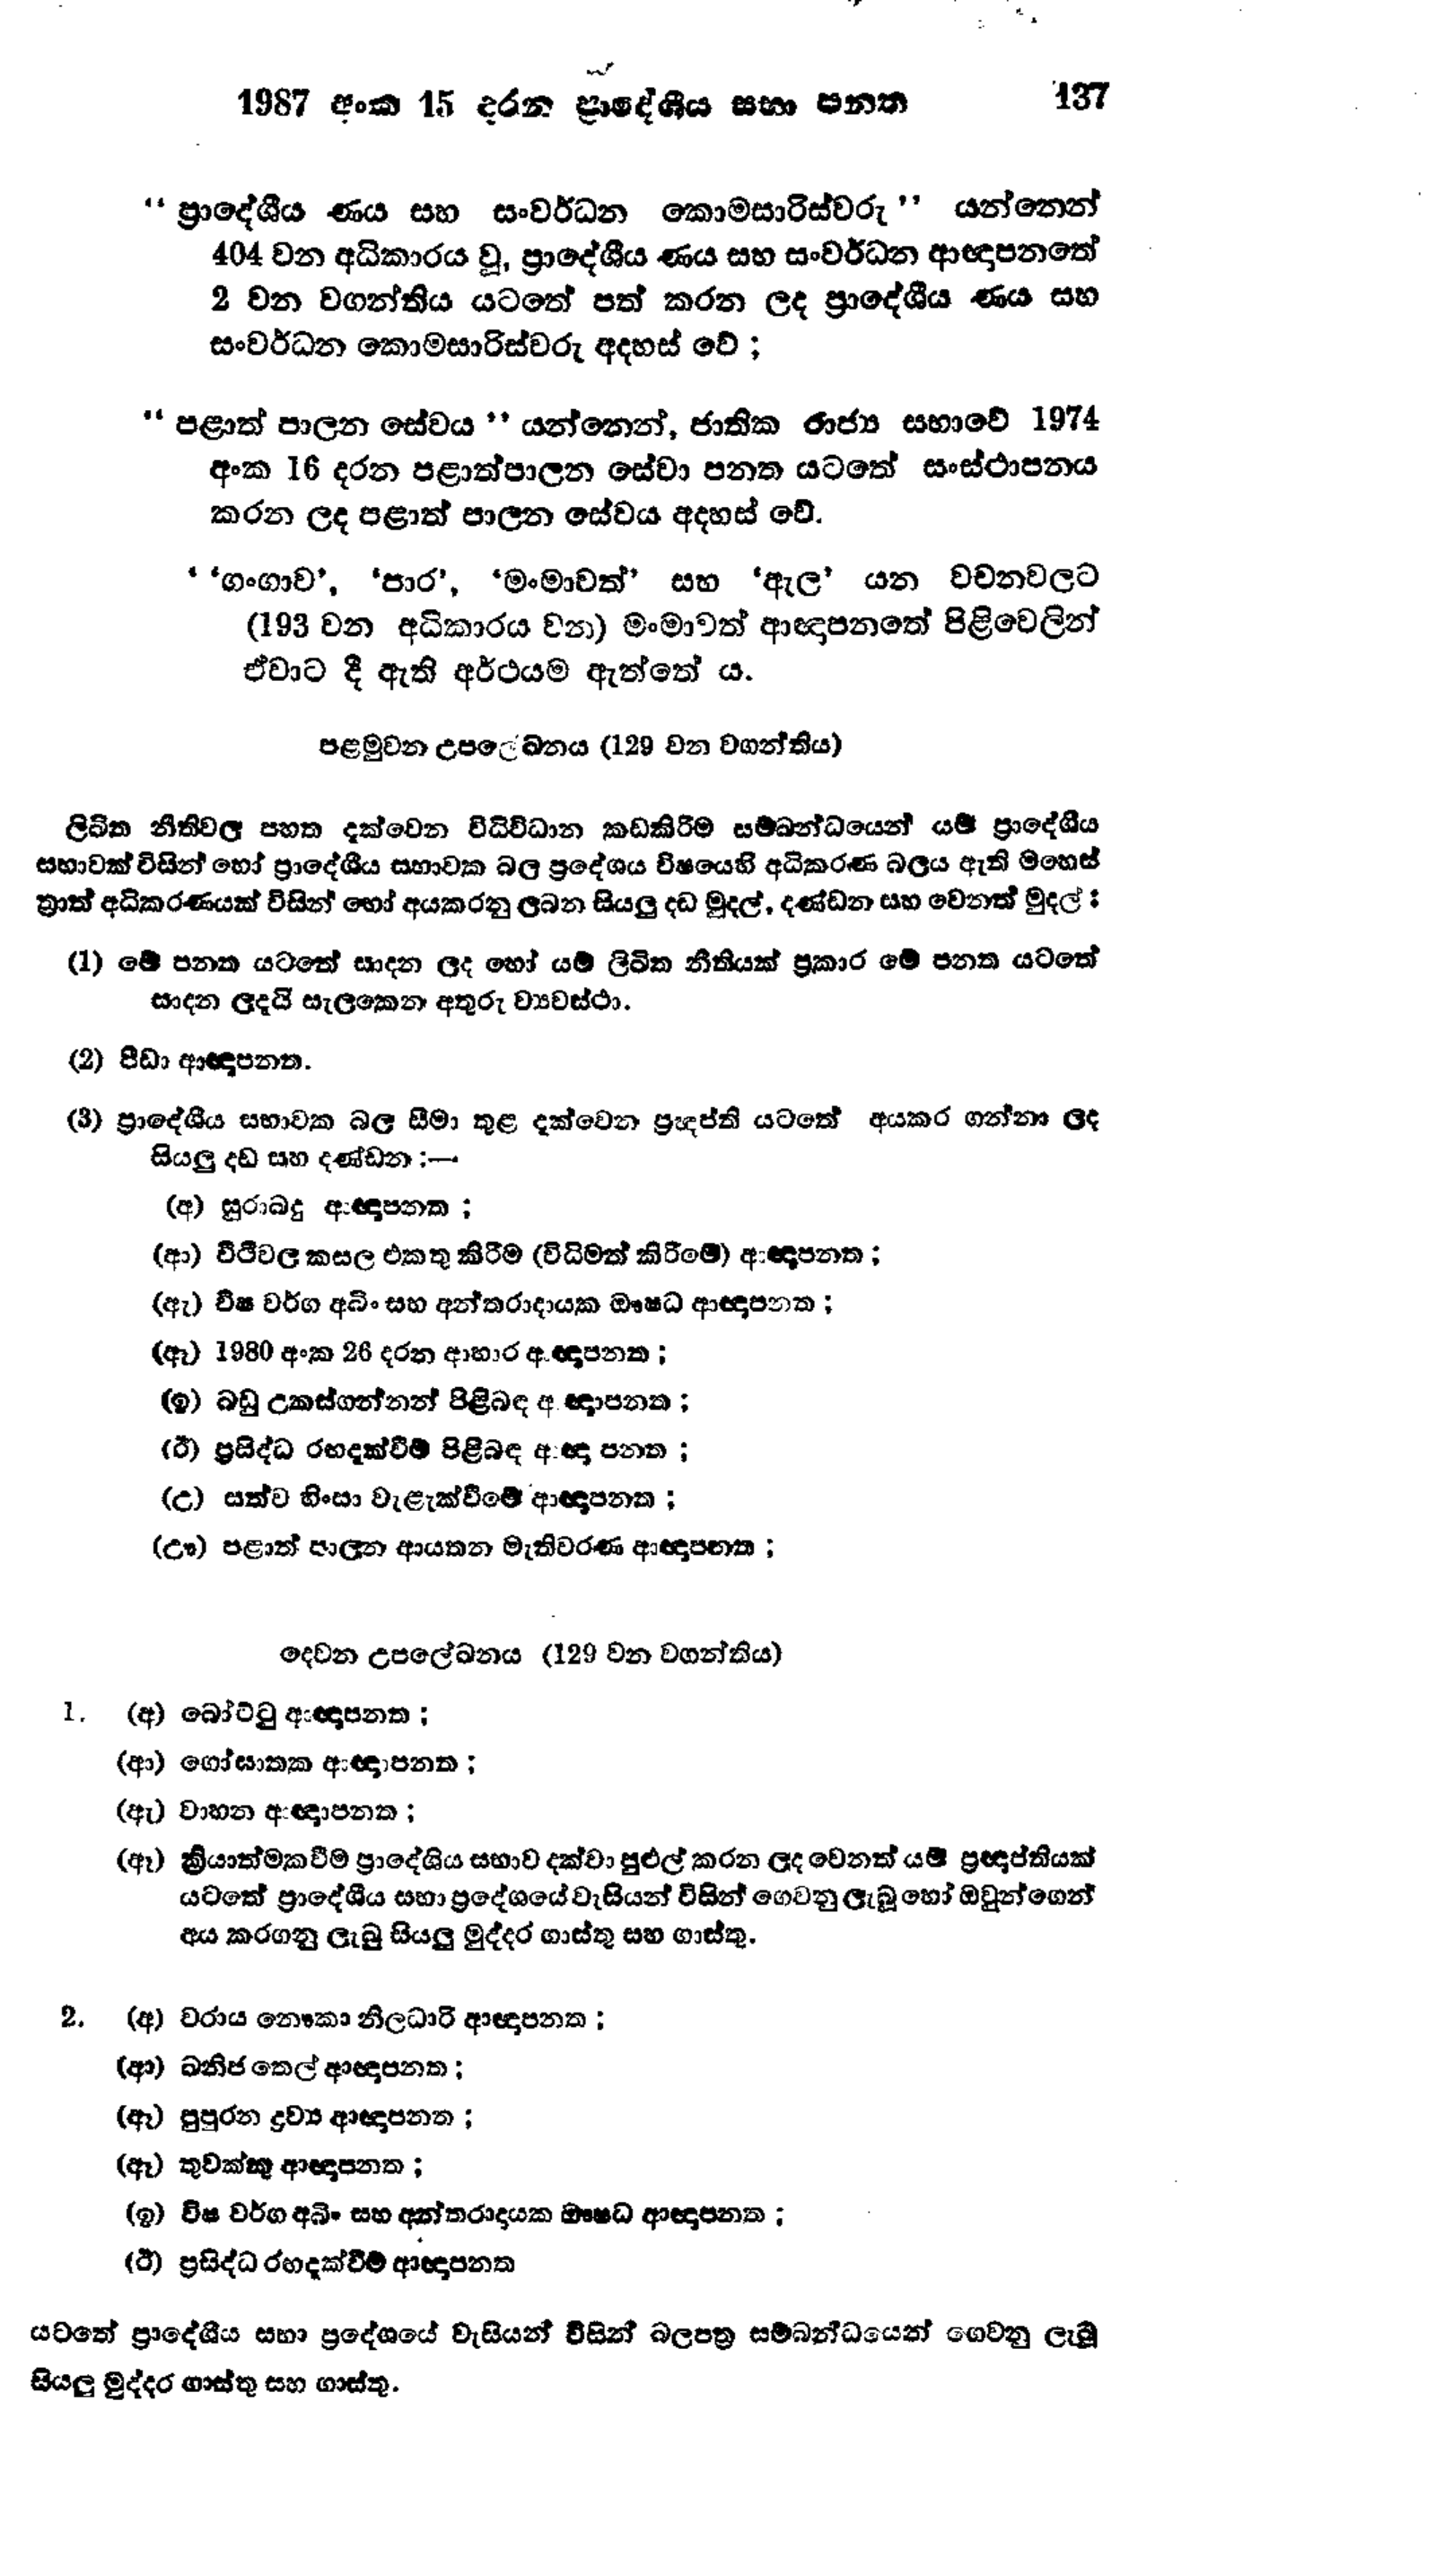
1987 අංක 15 දරන ප්‍රාදේශීය සභා පන්ත 137

"ප්‍රාදේශීය ණය සහ සංවර්ධන කොමසාරිස්වරු " යන්නෙන්
404 වන අධිකාරය වූ, ප්‍රාදේශීය ණය සහ සංවර්ධන ආඥාපනතේ
2 වන වගන්තිය යටතේ පත් කරන ලද ප්‍රාදේශීය ණය සහ
සංවර්ධන කොමසාරිස්වරු අදහස් වේ ;

"පළාත් පාලන සේවය" යන්නෙන්, ජාතික රාජ්‍ය සභාවේ 1974
අංක 16 දරන පළාත්පාලන සේවා පනත යටතේ සංස්ථාපනය
කරන ලද පළාත් පාලන සේවය අදහස් වේ.

' 'ගංගාව ', 'පාර ', 'මංමාවත් ' සහ ‛ඇල ' යන වචනවලට
(193 වන අධිකාරය වන) මංමාවත් ආඥාපනතේ පිළිවෙලින්
ඒවාට දී ඇති අර්ථයම ඇත්තේ ය.

පළමුවන උපලේඛනය (129 වන වගන්තිය)

ලිඛිත නීතිවල පහත දැක්වෙන විධිවිධාන කඩකිරීම සම්බන්ධයෙන් යම් ප්‍රාදේශීය
සභාවක් විසින් හෝ ප්‍රාදේශීය සභාවක බල ප්‍රදේශය විෂයෙහි අධිකරණ බලය ඇති මහෙස්
ත්‍රාත් අධිකරණයක් විසින් හෝ අයකරනු ලබන සියලු දඩ මුදල්, දණ්ඩන සහ වෙනත් මුදල්:

(1) මේ පනත යටතේ සාදන ලද හෝ යම් ලිඛිත නීතියක් ප්‍රකාර මේ පනත යටතේ
සාදන ලදැයි සැලකෙන අතුරු ව්‍යවස්ථා.

(2) පීඩා ආඥාපනත.

(3) ප්‍රාදේශීය සභාවක බල සීමා තුළ දැක්වෙන ප්‍රඥප්ති යටතේ අයකර ගන්නා ලද
සියලු දඩ සහ දණ්ඩන :--

(අ) සුරාබදු ආඥාපනත;
(ආ) වීථිවල කසල එකතු කිරීම (විධිමත් කිරීමේ) ආඥපනත;
(ඇ) විෂ වර්ග අබිං සහ අන්තරාදායක ඖෂධ ආඥාපනත;
(ඈ) 1980 අංක 26 දරන ආහාර අඥාපනත:
(ඉ) බඩු උකස් ගන්නන් පිළිබඳ අඥාපනත;
(ඊ) ප්‍රසිද්ධ රඟ දැක්වීම් පිළිබඳ ආඥා පනත;
(උ) සත්ව හිංසා වැළැක්වීමේ ආඥා පනත;
(ඌ) පළාත් පාලන ආයතන මැතිවරණ ආඥාපත;

දෙවන උපලේඛනය (129 වන වගන්තිය)

1. (අ) බෝට්ටු අඥාපනත;
(ආ) ගෝඝාතක ආඥාපනත;
(ඇ) වාහන අඥාපනත;
(ඈ ) ක්‍රියාත්මක වීම ප්‍රාදේශිය සභාව දක්වා පුළුල් කරන ලද වෙනත් යම් ප්‍රඥාප්තියක්
යටතේ ප්‍රාදේශීය සභා ප්‍රදේශයේ වැසියන් විසින් ගෙවනු ලැබූ හෝ ඔවුන්ගෙන්
අය කරගනු ලැබු සියලු මුද්දර ගාස්තු සහ ගාස්තු.

2.(අ) වරාය නෞකා නිලධාරි ආඥාපනත:
(ආ) ඛනිජ තෙල් ආඥාපනත
(ඈ) පුපුරන ද්‍රව්‍ය ආඥාපනත;
(ඈ) තුවක්කු ආඥාපනත ;
(ඉ) විෂ වර්ග අබිං සහ අන්තරාදායක ඖෂධ ආඥාපනත ;
(ඊ) ප්‍රසිද්ධ රඟදැක්වීම් ආඥාපනත

යටතේ ප්‍රාදේශීය සභා ප්‍රදේශයේ වැසියන් විසින් බලපත්‍ර සම්බන්ධයෙන් ගෙවනු ලැබූ
සියලු මුද්දර ගාස්තු සහ ගාස්තු.